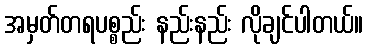
အမှတ်တရပစ္စည်း နည်းနည်း လိုချင်ပါတယ်။